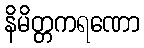
နိမိတ္တကရဏော